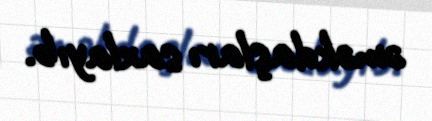
əməkdaşları saxlayıb.